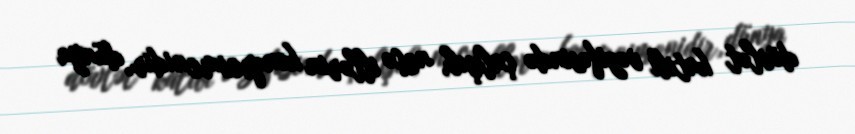
dövlət katibi vəzifəsində çalışıb, neçə illərin konqresmenidir, dünya